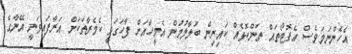
އެހެންނަމަވެސް އެފޮޓޯތައް ތަންކޮޅެއް ކައިރިން ބަލާލުމުން އެމީހާއަށް ފާހަގަވީ ކެމެރާތަކަށް އަރާފައިވަނީ އޭނާގެ